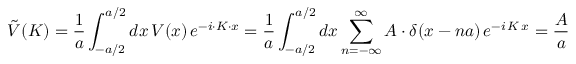
{ \tilde { V } } ( K ) = { \frac { 1 } { a } } \int _ { - a / 2 } ^ { a / 2 } d x \, V ( x ) \, e ^ { - i \cdot K \cdot x } = { \frac { 1 } { a } } \int _ { - a / 2 } ^ { a / 2 } d x \sum _ { n = - \infty } ^ { \infty } A \cdot \delta ( x - n a ) \, e ^ { - i \, K \, x } = { \frac { A } { a } }